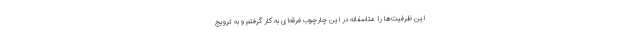
این ظرفیت‌ها را متاسفانه در این چارچوب فرقه‌ای به کار گرفتم و به ترویج